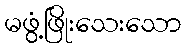
မဖွံ့ဖြိုးသေးသော